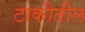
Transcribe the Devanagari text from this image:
टाकीतील